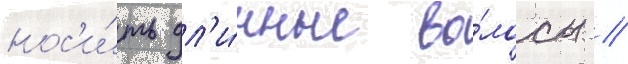
нос'и́ть дл'и́нные во́лосы //